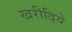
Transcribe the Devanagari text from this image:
खरीदिये